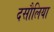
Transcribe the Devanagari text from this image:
दसौलिया